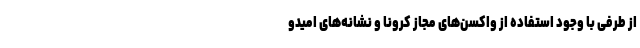
از طرفی با وجود استفاده از واکسن‌های مجاز کرونا و نشانه‌های امیدو